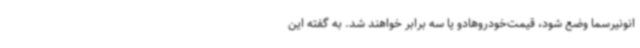
انونیرسما وضع شود، قیمت‌خودروهادو یا سه برابر خواهند شد. به گفته این